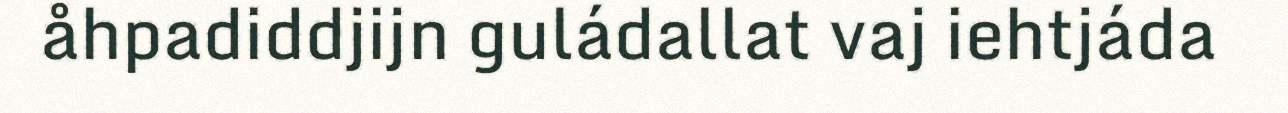
åhpadiddjijn guládallat vaj iehtjáda